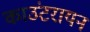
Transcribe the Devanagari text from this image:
काउंटरायन